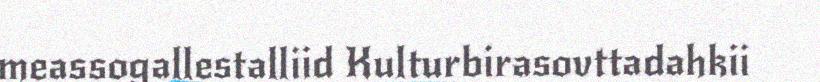
meassogallestalliid Kulturbirasovttadahkii